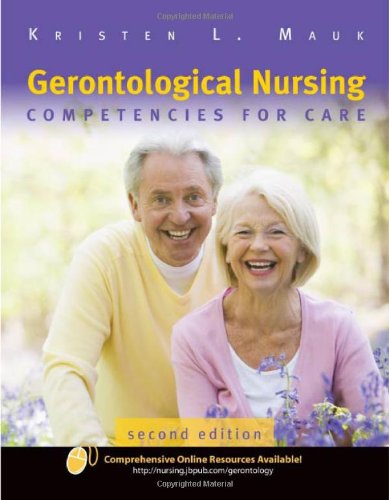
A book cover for Gerontological Nursing: Competencies For Care; Kristen L. Mauk; Medical Books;